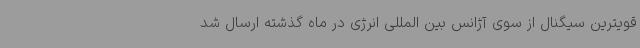
قویترین سیگنال از سوی آژانس بین المللی انرژی در ماه گذشته ارسال شد